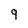
Character: 9